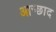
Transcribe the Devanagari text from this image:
आच्छाद